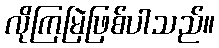
လိုကြမြဲဖြစ်ပါသည်။